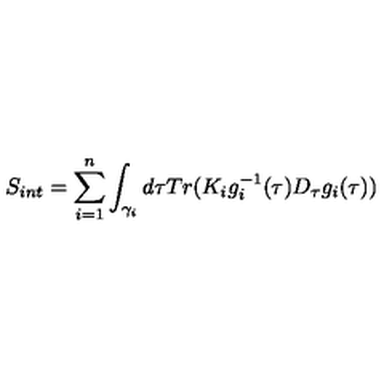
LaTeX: S _ { i n t } = \sum _ { i = 1 } ^ { n } \int _ { \gamma _ { i } } d \tau T r ( K _ { i } g _ { i } ^ { - 1 } ( \tau ) D _ { \tau } g _ { i } ( \tau ) )